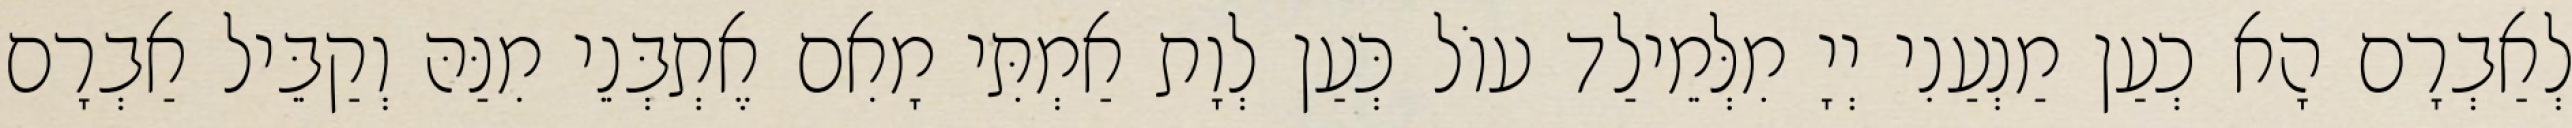
לְאַבְרָם הָא כְעַן מַנְעַנִי יְיָ מִלְּמֵילַד עוֹל כְּעַן לְוָת אַמְתִּי מָאִם אֶתְבְּנֵי מִנַּהּ וְקַבֵּיל אַבְרָם